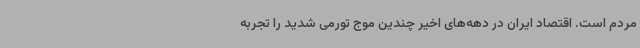
مردم است. اقتصاد ایران در دهه‌های اخیر چندین موج تورمی شدید را تجربه